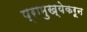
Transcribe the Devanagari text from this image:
प्रामुख्येकरून